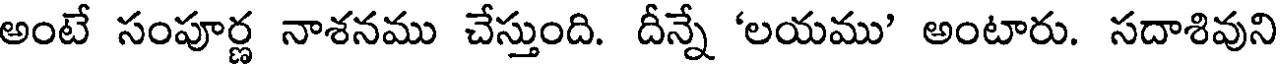
అంటే సంపూర్ణ నాశనము చేస్తుంది. దీన్నే 'లయము' అంటారు. సదాశివుని